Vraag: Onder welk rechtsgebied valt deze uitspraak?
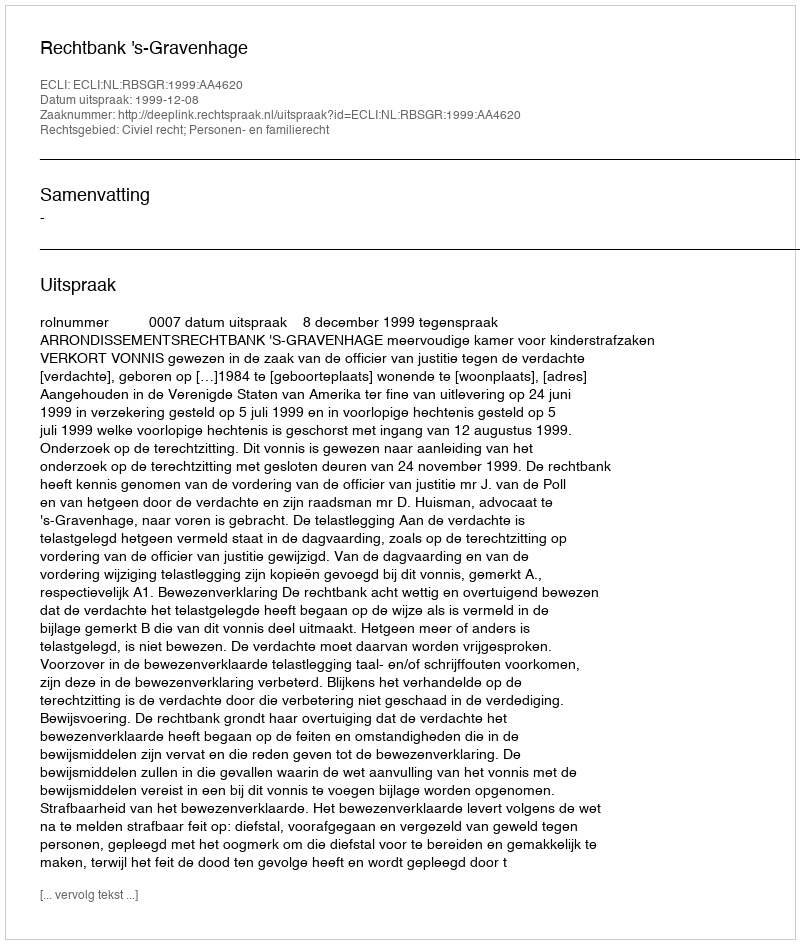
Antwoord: Civiel recht; Personen- en familierecht